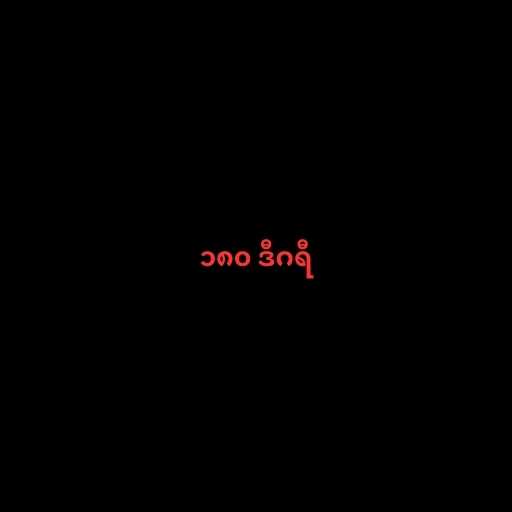
၁၈၀ ဒီဂရီ